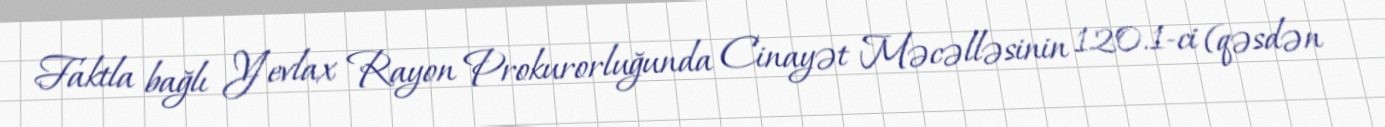
Faktla bağlı Yevlax Rayon Prokurorluğunda Cinayət Məcəlləsinin 120.1-ci (qəsdən